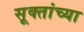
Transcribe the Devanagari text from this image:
सूक्तांच्या